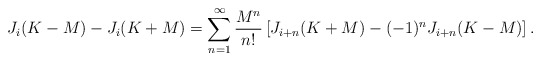
\begin{align*} J_i(K-M)-J_i(K+M)=\sum^\infty_{n=1}\frac{M^n}{n!}\left[ J_{i+n}(K+M)-(-1)^nJ_{i+n}(K-M)\right].\end{align*}